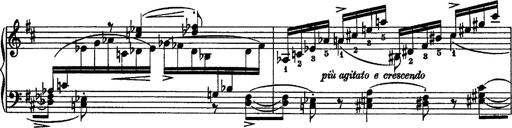
Title: Piano Sonata
Composer: Karl HÃ¤ssler
Key: C major